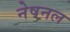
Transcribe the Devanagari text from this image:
नेषनल